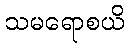
သမရောစယိ